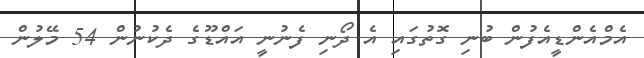
އެމްއެންޑީއެފުން ބުނި ގޮތުގައި އެ ދޯނި ފެނުނީ އައްޑޫގެ ދެކުނުން 54 މޭލުން